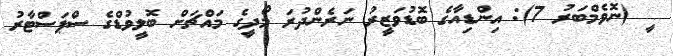
ީ (ނޮވެމްބަރު 7): އިންޑިއާގެ ބޮޑުވަޒީރު ނަރެންދުރަ މޯދީގެ މައްޗަށް ބޮލީވުޑްގެ ސްޕަސްޓާރު